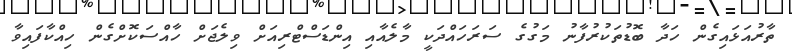
ތާރުއަޅައިގެން ހަދާ ބޮޑުތަކުރުފާނު މަގުގެ ސަރަހައްދަކީ މާލެއާއި އިންޑަސްޓްރިއަށް ވިލެޖަށް ހާއްސަކޮށްގެން ހިއްކާފައިވާ